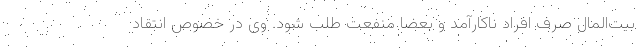
بیت‌المال صرف افراد ناکارآمد و بعضا منفعت طلب شود. وی در خصوص انتقاد